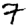
Digit: 7